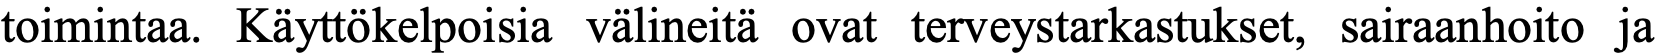
toimintaa. Käyttökelpoisia välineitä ovat terveystarkastukset, sairaanhoito ja